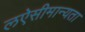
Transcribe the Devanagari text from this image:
लऐसीमान्यता